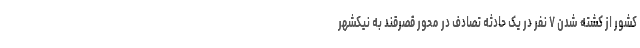
کشور از کشته شدن ۷ نفر در یک حادثه تصادف در محور قصرقند به نیکشهر